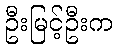
ဦးမြင့်ဦးက